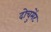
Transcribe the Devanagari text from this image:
दोचुमेंट